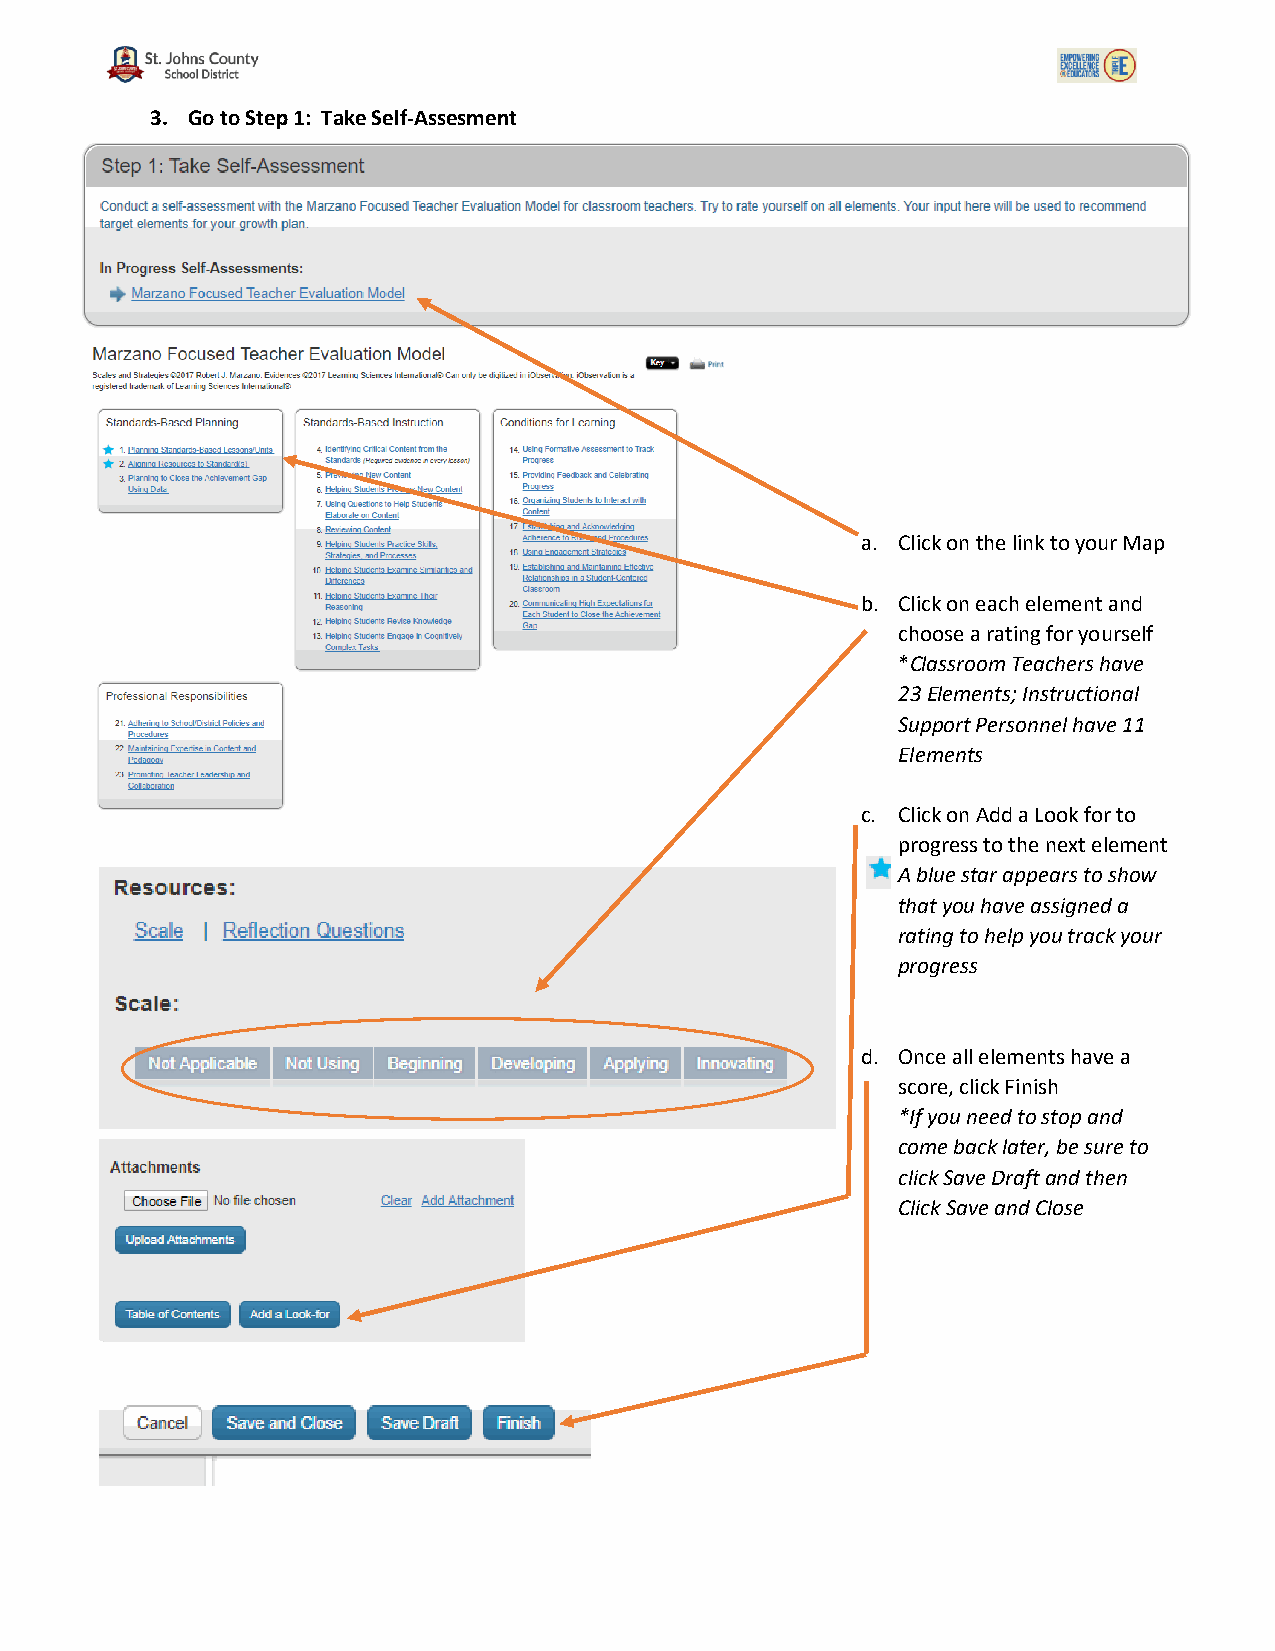
3. Go to Step 1: Take Self-Assesment
 a. Click on the link to your Map
 b. Click on each element and
 choose a rating for yourself
 *Classroom Teachers have
 23 Elements; Instructional
 Support Personnel have 11
 Elements
 c. Click on Add a Look for to
 progress to the next element
 A blue star appears to show
 that you have assigned a
 rating to help you track your
 progress
 d. Once all elements have a
 score, click Finish
 *If you need to stop and
 come back later, be sure to
 click Save Draft and then
 Click Save and Close